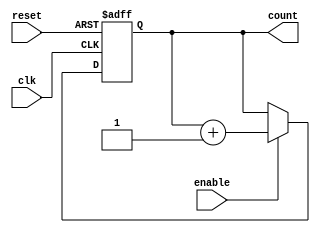
module async_counter #(
    parameter N = 4 // Number of bits for the counter
)(
    input wire clk,          // Clock input
    input wire reset,        // Asynchronous reset input
    input wire enable,       // Enable input (optional)
    output reg [N-1:0] count // Current count output
);

// Asynchronous reset and counting logic
always @(posedge clk or posedge reset) begin
    if (reset) begin
        count <= 0; // Reset the count to 0
    end else if (enable) begin
        count <= count + 1; // Increment the count
    end
end

endmodule